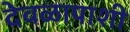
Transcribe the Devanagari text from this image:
देवळापाशी